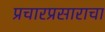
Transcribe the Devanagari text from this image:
प्रचारप्रसाराचा